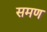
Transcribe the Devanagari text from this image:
समण